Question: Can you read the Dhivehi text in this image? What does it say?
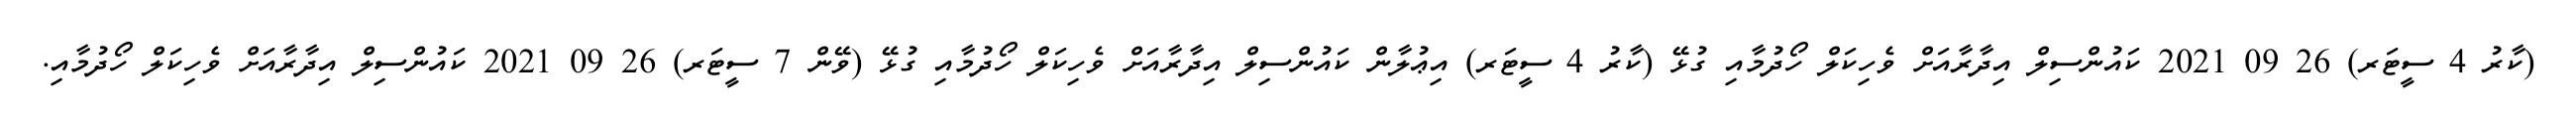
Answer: (ކާރު 4 ސީޓަރ) 26 09 2021 ކައުންސިލް އިދާރާއަށް ވެހިކަލް ހޯދުމާއި ގުޅޭ (ކާރު 4 ސީޓަރ) އިޢުލާން ކައުންސިލް އިދާރާއަށް ވެހިކަލް ހޯދުމާއި ގުޅޭ (ވޭން 7 ސީޓަރ) 26 09 2021 ކައުންސިލް އިދާރާއަށް ވެހިކަލް ހޯދުމާއި.